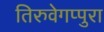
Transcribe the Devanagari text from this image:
तिरुवेगप्पुरा